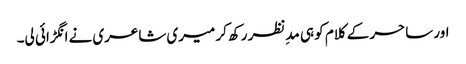
اور ساحر کے کلام کو ہی مدِنظر رکھ کر میری شاعری نے انگڑائی لی۔